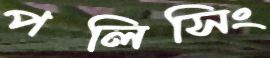
পলিসিং